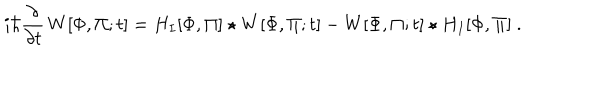
LaTeX: i \hbar \frac { \partial } { \partial t } \, W [ \Phi , \Pi ; t ] = H _ { I } [ \Phi , \Pi ] \star W [ \Phi , \Pi ; t ] - W [ \Phi , \Pi ; t ] \star H _ { I } [ \Phi , \Pi ] ~ .